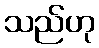
သည်ဟု